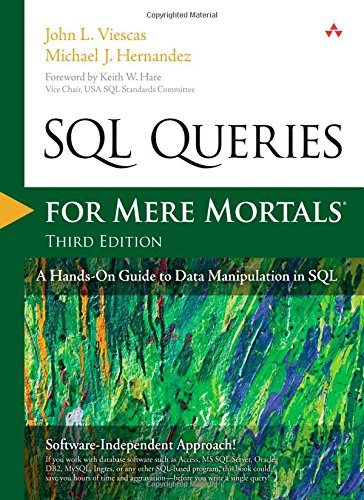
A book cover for SQL Queries for Mere Mortals: A Hands-On Guide to Data Manipulation in SQL (3rd Edition); John Viescas; Computers & Technology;